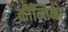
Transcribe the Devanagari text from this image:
कोन्तिना